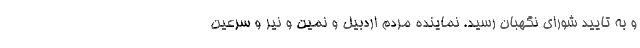
و به تایید شورای نگهبان رسید. نماینده مردم اردبیل و نمین و نیر و سرعین